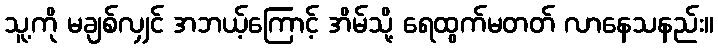
သူ့ကို မချစ်လျှင် အဘယ့်ကြောင့် အိမ်သို့ ရေထွက်မတတ် လာနေသနည်း။